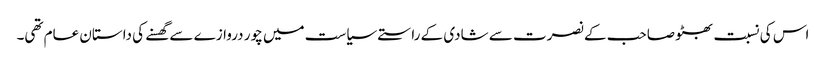
اس کی نسبت بھٹو صاحب کے نصرت سے شادی کے راستے سیاست میں چور دروازے سے گھسنے کی داستان عام تھی۔